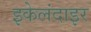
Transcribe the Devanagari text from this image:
इकेलंदाइर